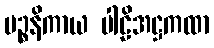
ပဉ္စနိကာယ ပါဠိအဋ္ဌကထာ